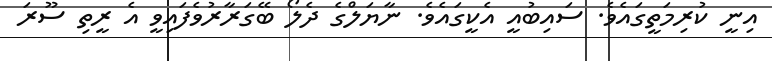
އިނީ ކުރިމަތީގައެވެ. ސައިބުއީ އެކީގައެވެ. ނާޔަލްގެ ދެލޯ ބޭގަރާރުވެފައިވީ އެ ރީތި ސޫރަ